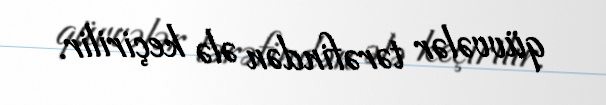
qüvvələr tərəfindən ələ keçirilir.